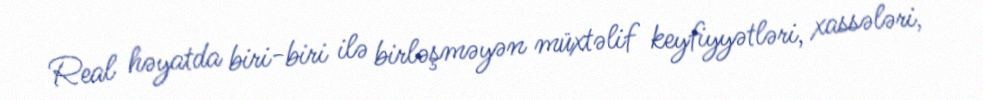
Real həyatda biri-biri ilə birləşməyən müxtəlif keyfiyyətləri, xassələri,